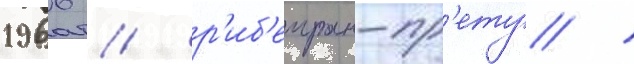
1966 / р'иб'еиран-пр'ету /